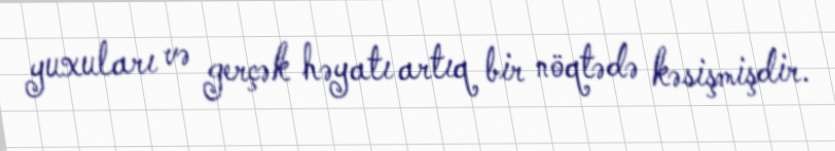
yuxuları və gerçək həyatı artıq bir nöqtədə kəsişmişdir.